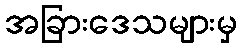
အခြားဒေသများမှ